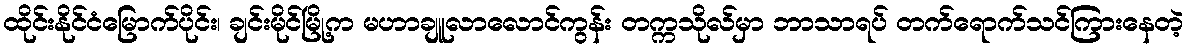
ထိုင်းနိုင်ငံမြောက်ပိုင်း၊ ချင်းမိုင်မြို့က မဟာချူလာလောင်ကွန်း တက္ကသိုလ်မှာ ဘာသာရပ် တက်ရောက်သင်ကြားနေတဲ့